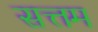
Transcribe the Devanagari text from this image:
सत्तम